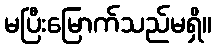
မပြီးမြောက်သည်မရှိ။